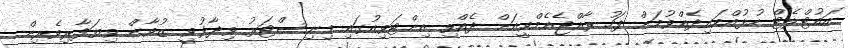
އައުޓްލެޓް ހުޅުއްވައިދެއްވުމަށް ފަހު ރާއްޖެއެމްވީއަށް ދެއްވި އިންޓަވިއުގައި މިނިސްޓަރު ވިދާޅުވީ ޒުވާން ވިޔަފާރިވެރިން